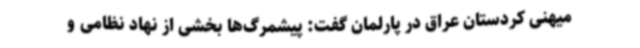
میهنی کردستان عراق در پارلمان گفت: پیشمرگ‌ها بخشی از نهاد نظامی و